Problem: 8 × 4 = ?
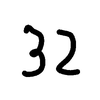
Handwritten answer: 32